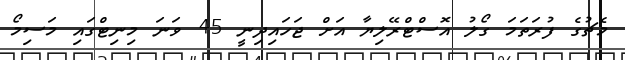
މެޗުގެ ފުރަތަމަ ގޯލު އޮސްޓްރޭލިޔާ އަށް ޖަހައިދިނީ 45 ވަނަ މިނިޓްގައި މަސިމޯ